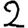
Digit: 2